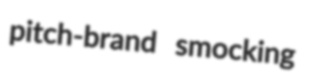
pitch-brand smocking